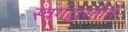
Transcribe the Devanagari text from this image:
स्वर्गद्वारतीर्थ